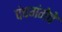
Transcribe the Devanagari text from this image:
पंचगंगेचे